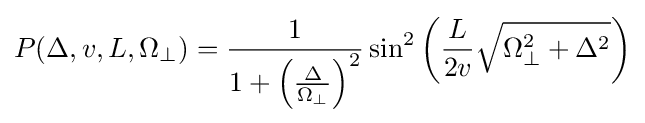
P(\Delta ,v,L,\Omega _{\perp })={\frac {1}{1+\left({\frac {\Delta }{\Omega _{\perp }}}\right)^{2}}}\sin ^{2}\left({\frac {L}{2v}}{\sqrt {\Omega _{\perp }^{2}+\Delta ^{2}}}\right)